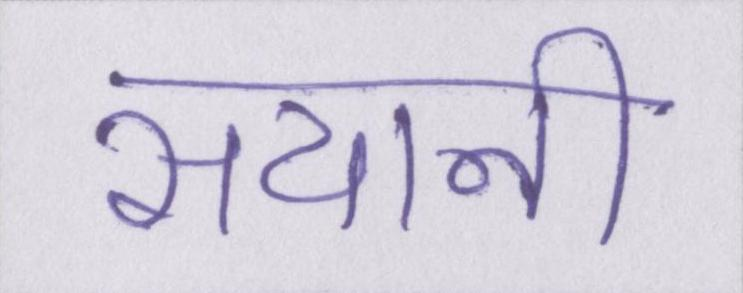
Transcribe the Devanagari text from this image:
सयानी